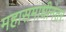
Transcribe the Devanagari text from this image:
महासमाधीनंतर